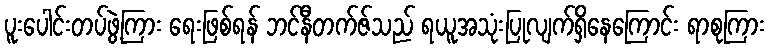
ပူးပေါင်းတပ်ဖွဲ့ကြား ရေးဖြစ်ရန် ဘင်နီတက်ဇ်သည် ရယူအသုံးပြုလျက်ရှိနေကြောင်း ရာစုကြား